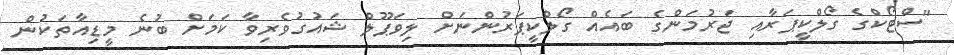
"ސްޓޯކްގެ ގޯލްކީޕަރާއި ޖަރުމަންގެ ބައެއް ގޯލްކީޕަރުންނަށް ލިވަޕޫލް ޝައުުގުވެރިވާ ކަމަށް ބުނެ މީޑިއާތަކުން